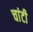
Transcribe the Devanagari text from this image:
चांटी